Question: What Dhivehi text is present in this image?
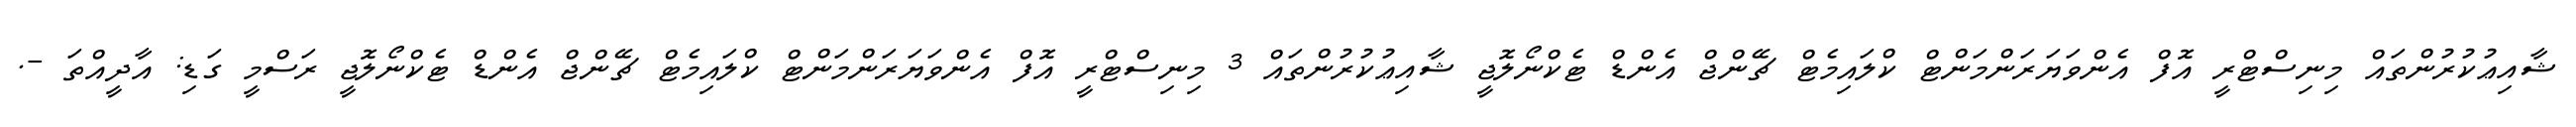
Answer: ޝާއިޢުކުރުންތައް މިނިސްޓްރީ އޮފް އެންވަޔަރަންމަންޓް ކްލައިމެޓް ޗޭންޖް އެންޑް ޓެކްނޯލޮޖީ ޝާއިޢުކުރުންތައް 3 މިނިސްޓްރީ އޮފް އެންވަޔަރަންމަންޓް ކްލައިމެޓް ޗޭންޖް އެންޑް ޓެކްނޯލޮޖީ ރަސްމީ ގަޑި: އާދީއްތަ -.